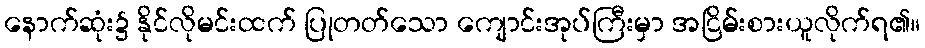
နောက်ဆုံး၌ နိုင်လိုမင်းထက် ပြုတတ်သော ကျောင်းအုပ်ကြီးမှာ အငြိမ်းစားယူလိုက်ရ၏။